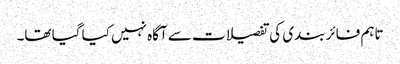
تاہم فائر بندی کی تفصیلات سے آگاہ نہیں کیا گیا تھا۔